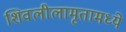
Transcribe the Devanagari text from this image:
शिवलीलामृतामध्ये